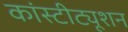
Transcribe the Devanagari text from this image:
कांस्टीट्यूशन